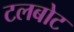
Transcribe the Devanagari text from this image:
टलबोट